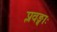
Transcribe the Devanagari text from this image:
प्लवङ्गाः